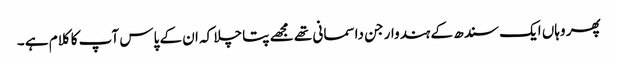
پھر وہاں ایک سندھ کے ہندوار جن داسمانی تھے مجھے پتا چلا کہ ان کے پاس آپ کا کلام ہے ۔